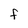
Character: F